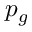
p _ { g }